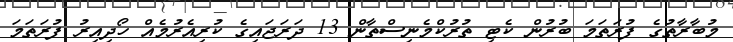
މުބާރާތުގެ ފުރަތަމަ ބުރުން ކެޓި ތުރުކްމެނިސްތާން 13 ދަރަޖައިގެ ކުރިއެރުމެއް ހޯދިއިރު ފުރަތަމަ